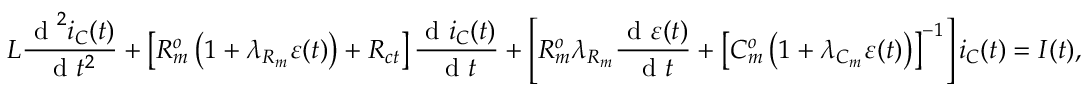
L \frac { \textrm { d } ^ { 2 } i _ { C } ( t ) } { \textrm { d } t ^ { 2 } } + \left[ R _ { m } ^ { o } \left( 1 + \lambda _ { R _ { m } } \varepsilon ( t ) \right) + R _ { c t } \right] \frac { \textrm { d } i _ { C } ( t ) } { \textrm { d } t } + \left[ R _ { m } ^ { o } \lambda _ { R _ { m } } \frac { \textrm { d } \varepsilon ( t ) } { \textrm { d } t } + \left[ C _ { m } ^ { o } \left( 1 + \lambda _ { C _ { m } } \varepsilon ( t ) \right) \right] ^ { - 1 } \right] i _ { C } ( t ) = I ( t ) ,